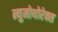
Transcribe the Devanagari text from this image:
न्युमोथोरेक्स